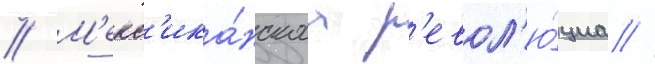
// М'екс'ика́нскаа р'евол'ю́циа //